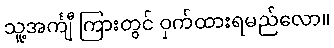
သူ့အင်္ကျီ ကြားတွင် ဝှက်ထားရမည်လော။